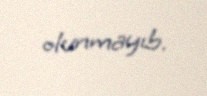
olunmayıb.